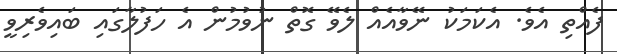
ފެއްތި އެވެ. އެކަމަކު ނޭވާއެއް ލެވޭ ގޮތް ނުވުމުން އެ ހަފުލާގައި ބައިވެރިވީ